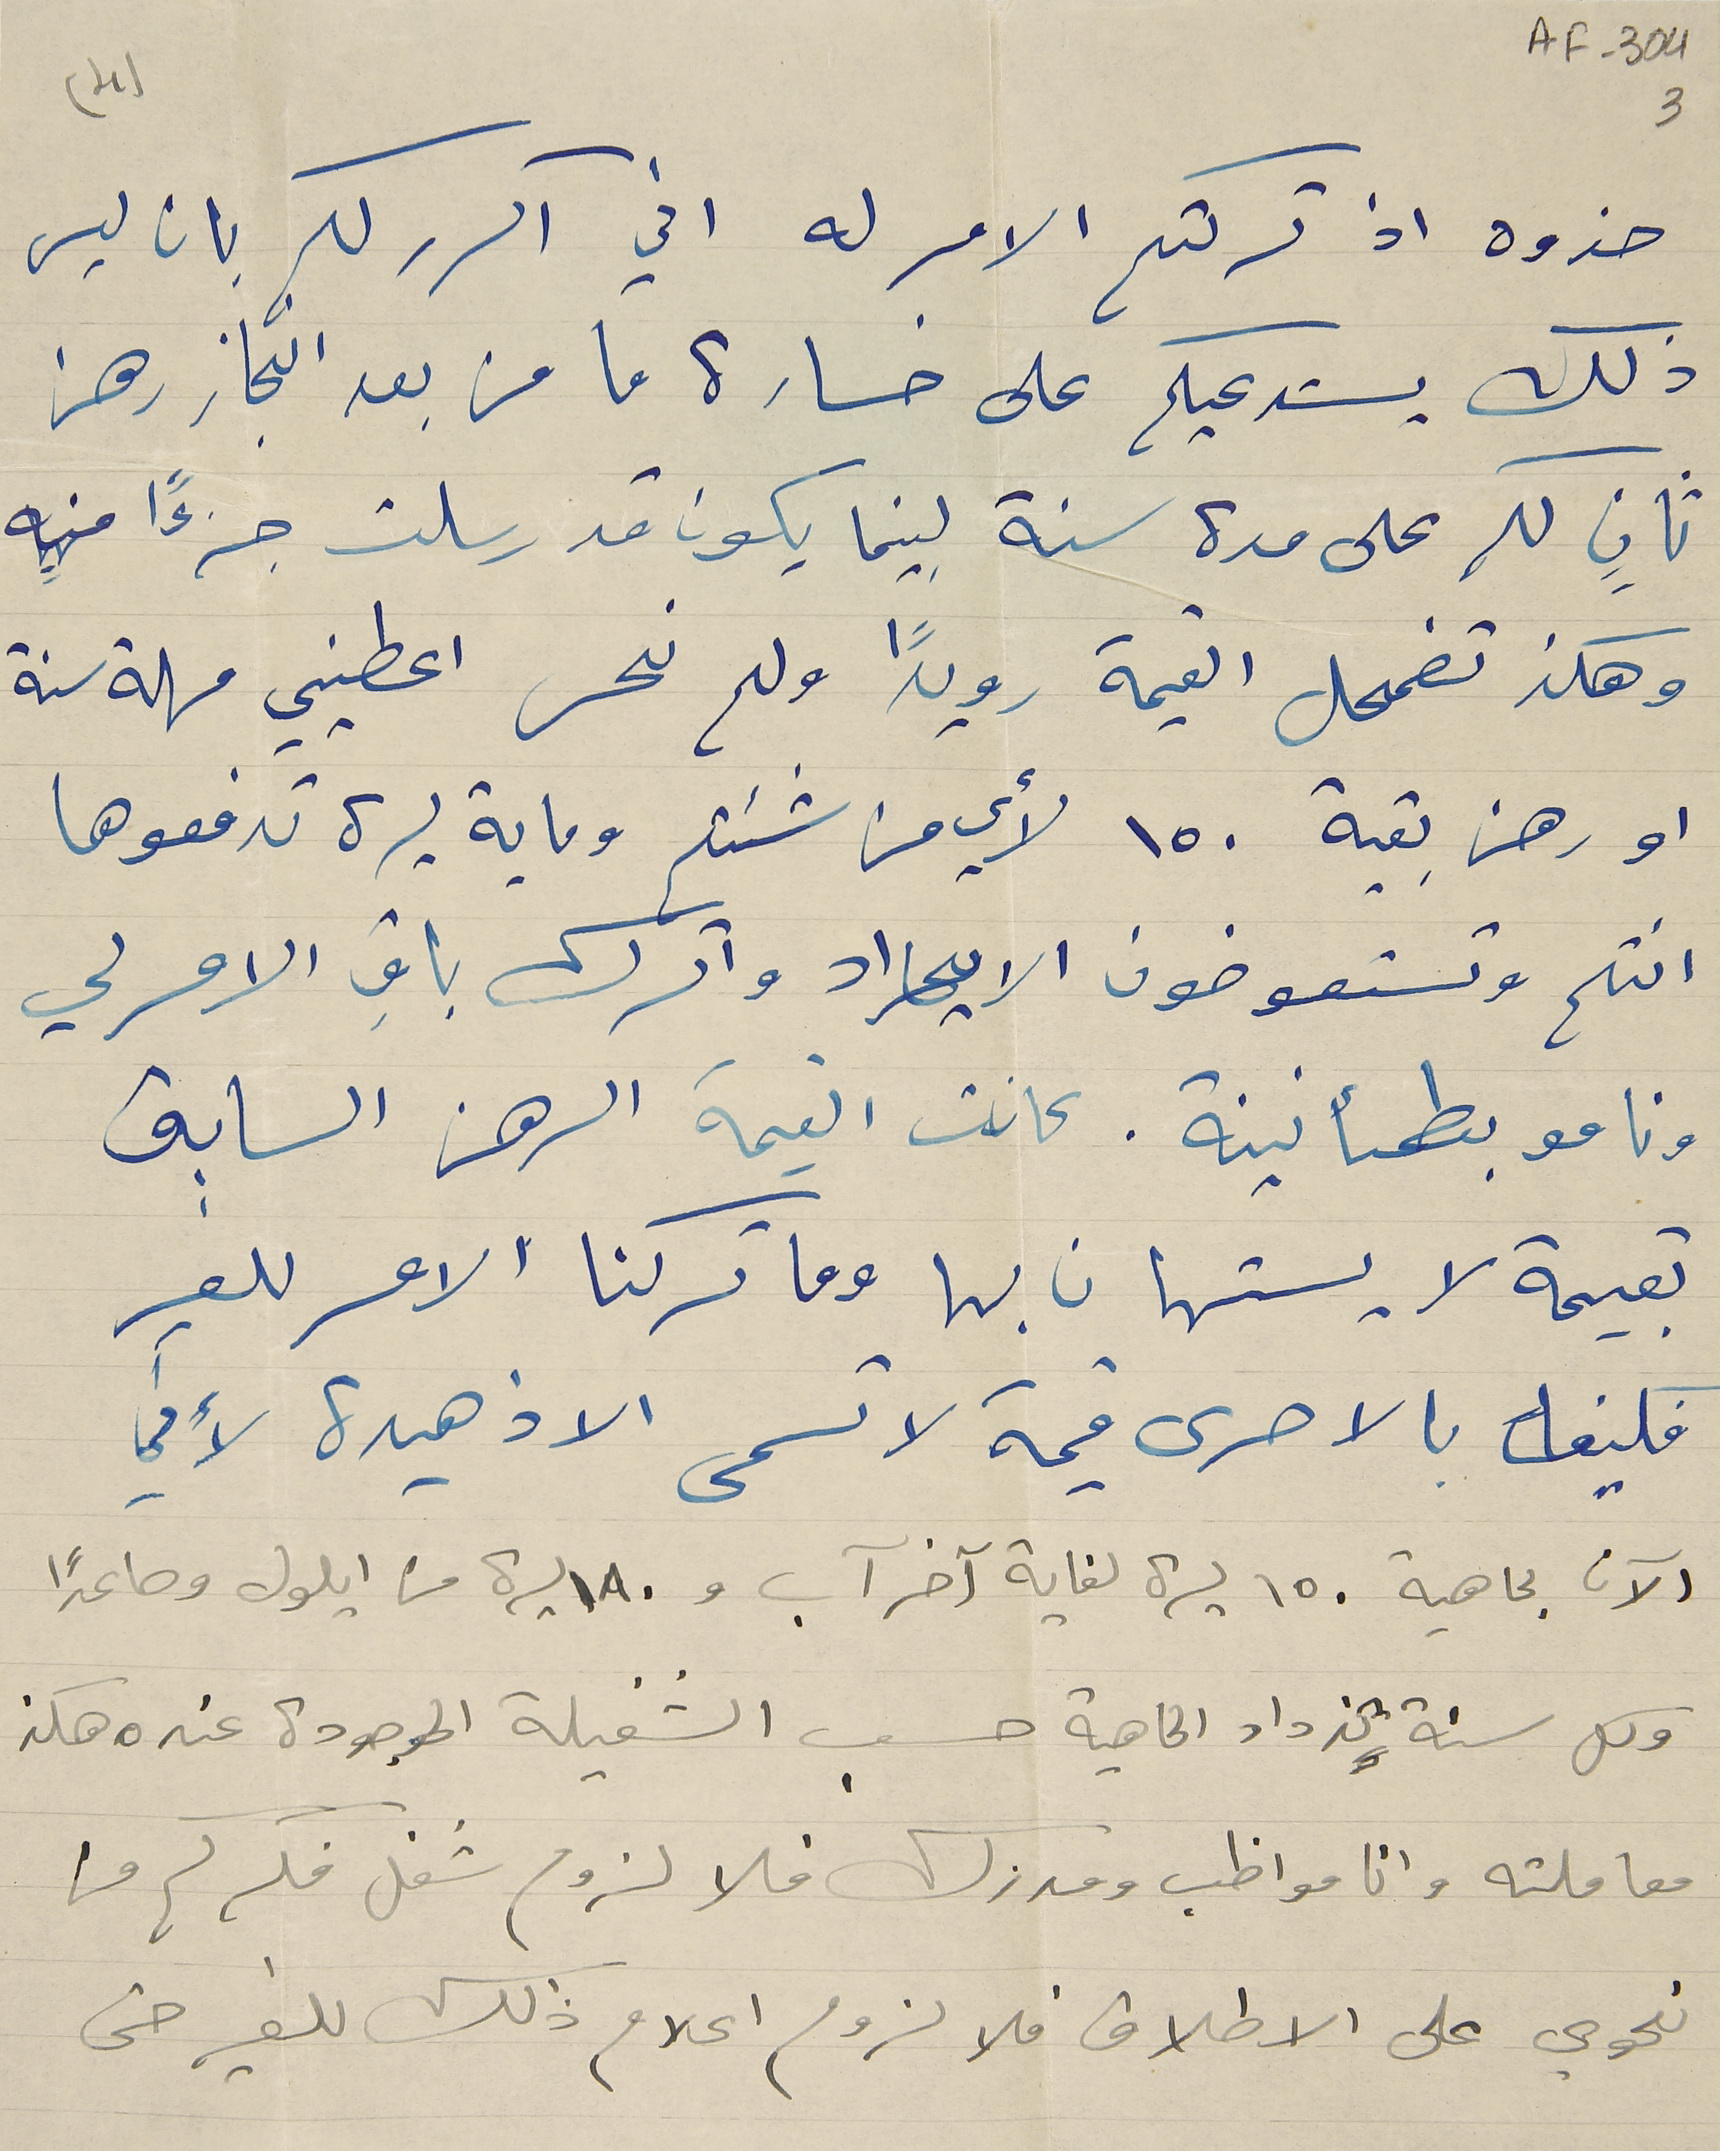
AF-304 3
(4)
حذوه اذ تركتم الامر له اني اكرر لكم بان ليس
ذلك يستدعيكم على خسارة ما من بعد انجاز رهن
ثانٍ لكم على مدة سنة بينما يكون قد رسلت جزءًا منه
وهكذ تضمحل القيمة رويدًا ولم نحس اعطيني مهلة سنة
او رهن بقية ١٥٠ لأي من شئتم وماية ليرة تدفعوها
انتم وتستعوضون الايراد واترك باقِ الامر لي
ونامو بطمأنينة. كانت القيمة الرهن السابق
بقيمة لا يستهان بها وما تركنا الامر للغير
فكيف بالاحرى قيمة لا تسمى الا زهيدة لأني
الآن بماهية ١٥٠ ليرة لغاية آخر آب و١٨٠ ليرة من أيلول وصاعداً
وكل سنة تزداد الماهية حسب الشغيلة الموجودة عنده هكذ
معاملته وانا مواظب ومدزك فلا لزوم شغل فكركم من
نحوي على الاطلاق فلا لزوم اعلام ذلك للغير حتى